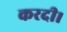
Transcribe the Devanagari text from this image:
करदी।